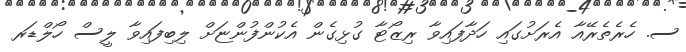
ސ. ހެރެތެރޭއާ އެރަށުގައި ހަދާފައިވާ ރިޒޯޓާ ގުޅިގެން އެކުންފުންޏަށް ލިބިފައިވާ ލީސް ހޯލްޑަރ